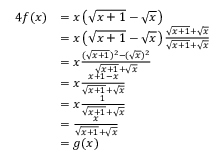
{ \begin{array} { r l } { { 4 } f ( x ) } & { = x \left( { \sqrt { x + 1 } } - { \sqrt { x } } \right) } \\ & { = x \left( { \sqrt { x + 1 } } - { \sqrt { x } } \right) { \frac { { \sqrt { x + 1 } } + { \sqrt { x } } } { { \sqrt { x + 1 } } + { \sqrt { x } } } } } \\ & { = x { \frac { ( { \sqrt { x + 1 } } ) ^ { 2 } - ( { \sqrt { x } } ) ^ { 2 } } { { \sqrt { x + 1 } } + { \sqrt { x } } } } } \\ & { = x { \frac { x + 1 - x } { { \sqrt { x + 1 } } + { \sqrt { x } } } } } \\ & { = x { \frac { 1 } { { \sqrt { x + 1 } } + { \sqrt { x } } } } } \\ & { = { \frac { x } { { \sqrt { x + 1 } } + { \sqrt { x } } } } } \\ & { = g ( x ) } \end{array} }